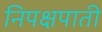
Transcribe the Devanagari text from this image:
निपक्षपाती